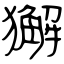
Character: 獬